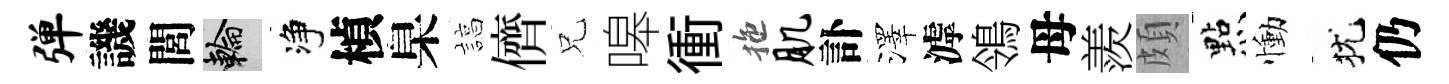
弹譏閭輪净楨臬諄儕兄嗥衝拖肌訃澤滹鴒母羨頗㸃慟犹仍